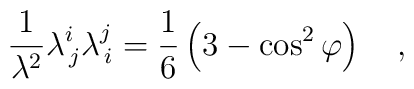
\frac{1}{\lambda^{2}}\lambda^{i}_{\,j}\lambda^{j}_{\,i}=\frac{1}{6} \left( 3-\cos^{2}{\varphi} \right) ~~~,